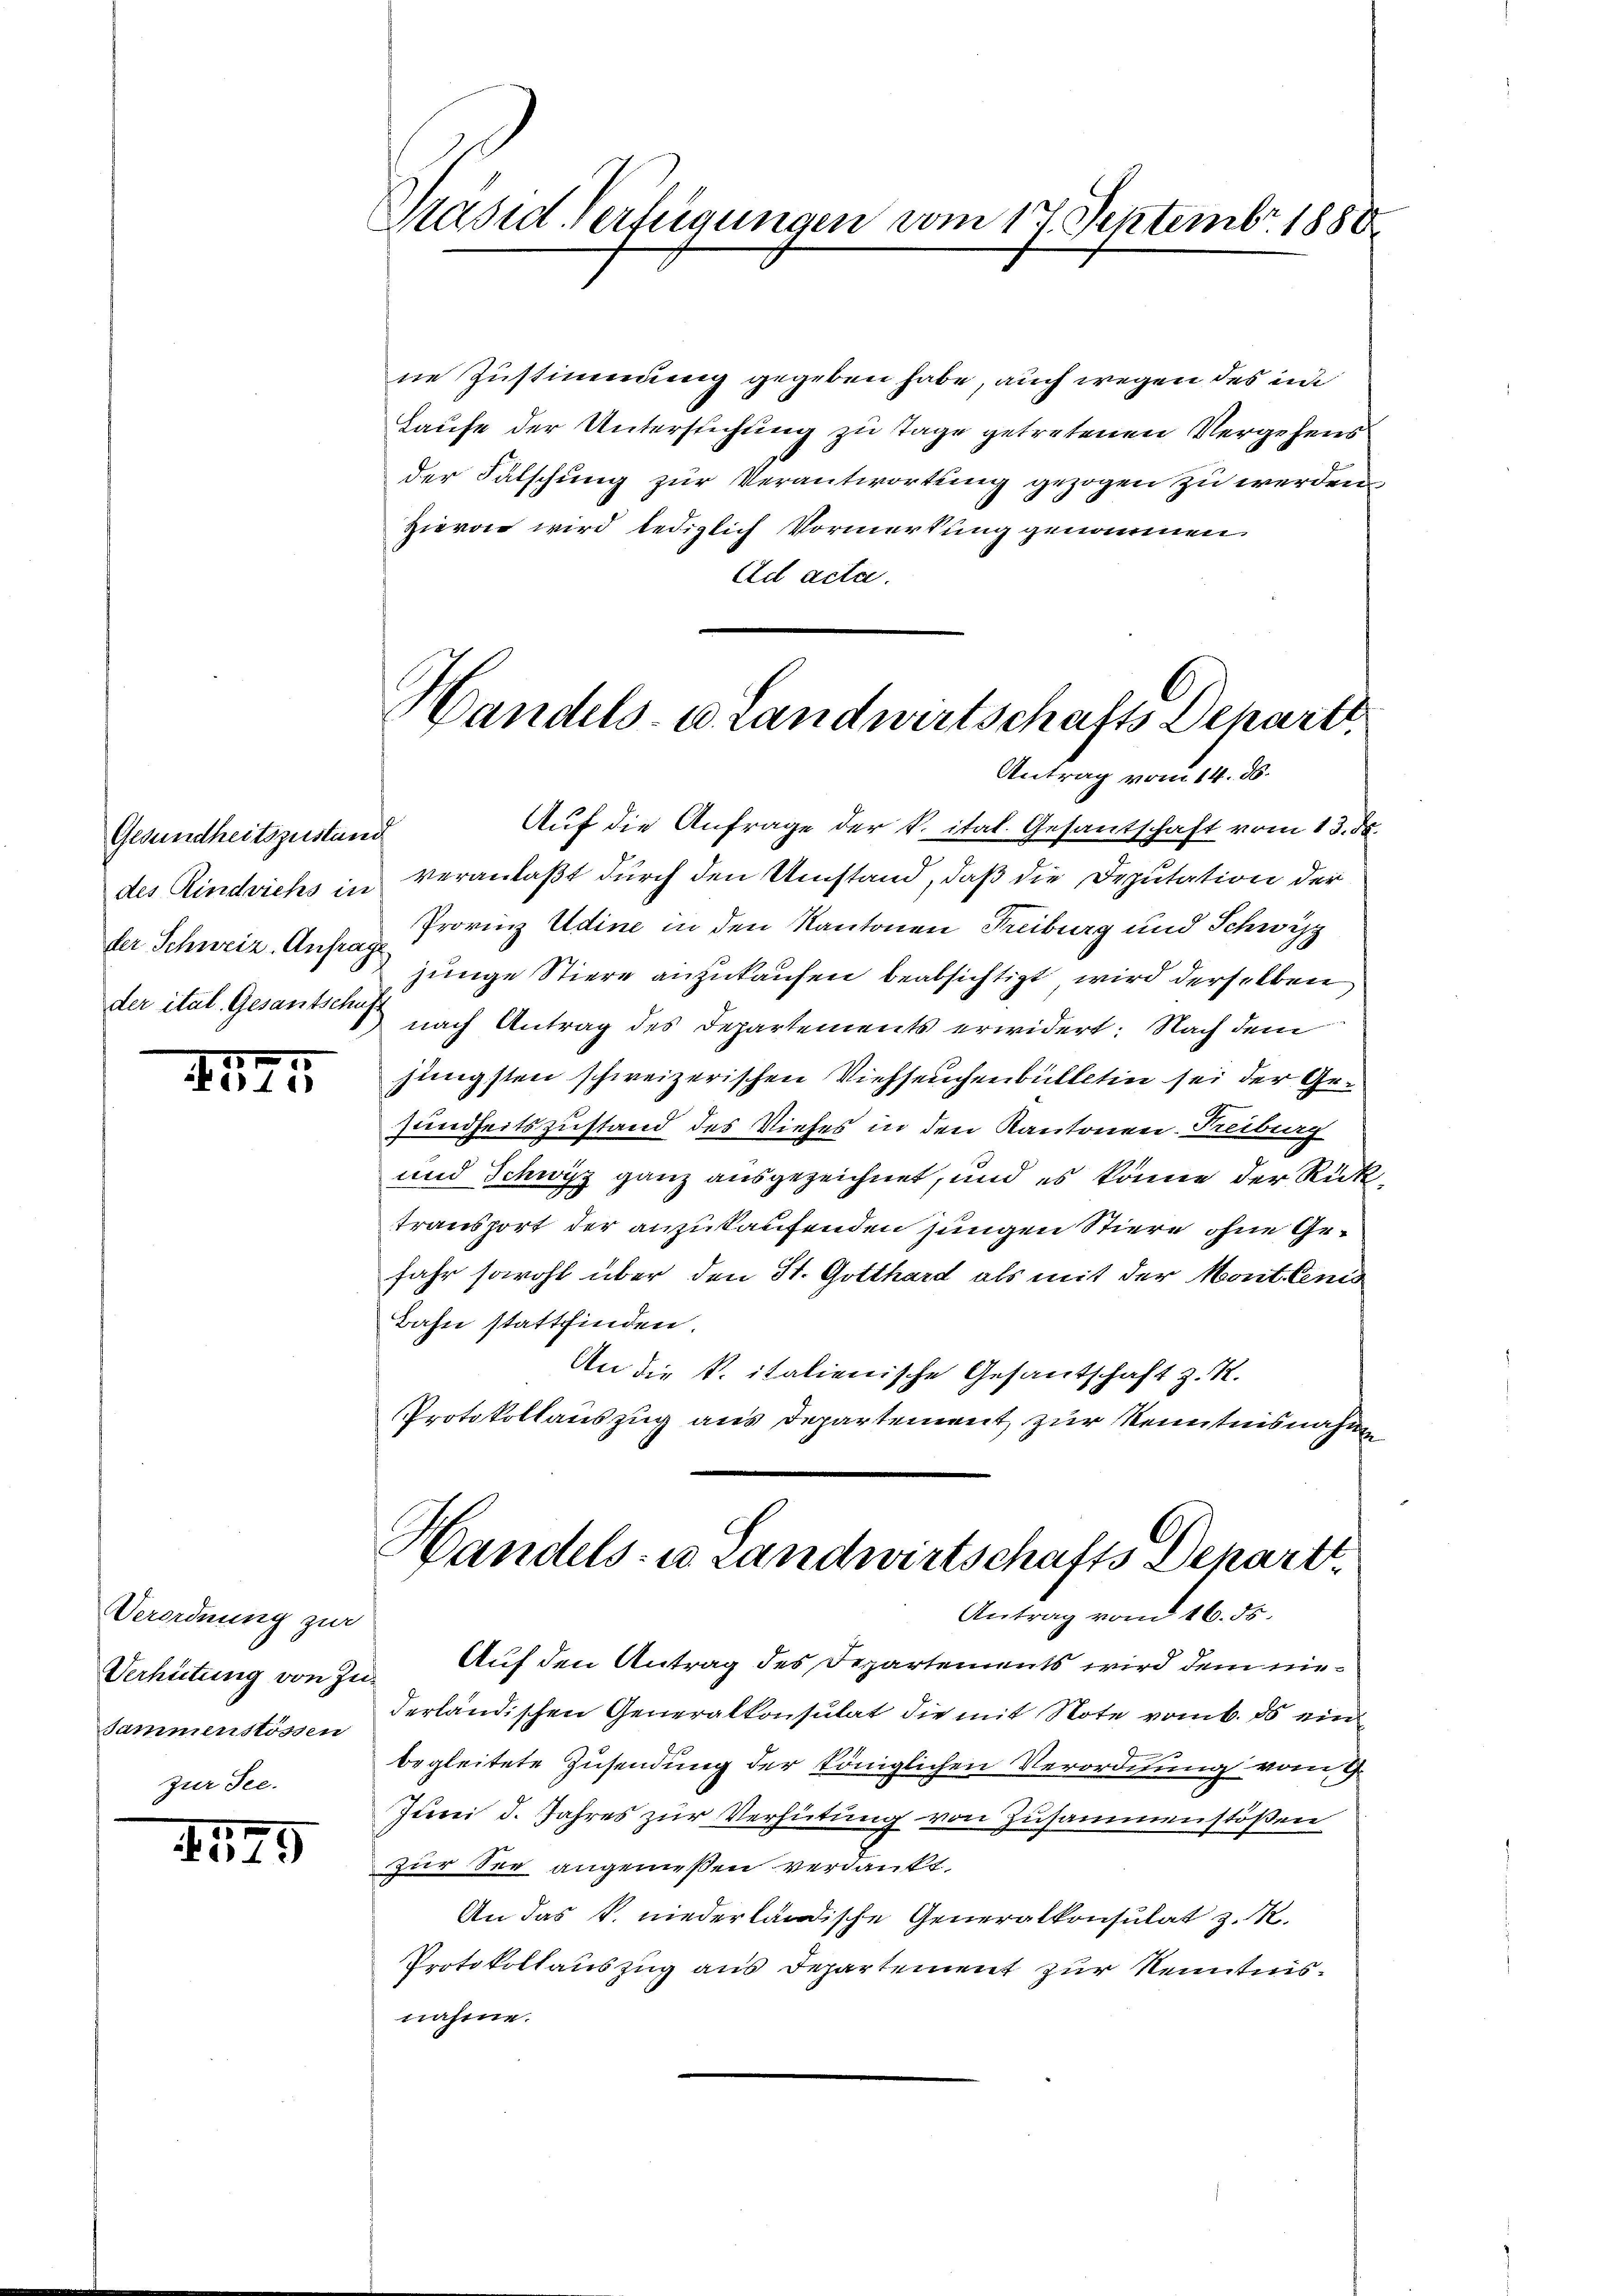
Gesundheitszustand

1
10

Verordnung zur
Verhütung von Zu-
Sammenstössen
zur See.

1525

Präsid. Verfügungen vom 17. Septembr. 1880

ne Zustimmung gegeben habe, auch wegen des in
Laufe der Unterstehung zu Tage getretenen Vergehens
der Falschung zur Verantwortung gezogen zu werden
Hievon wird lediglich Vormerkung genommen.
Ad acta.

Handels- u. Landwirtschafts Departi
Antrag vom 14. ds.

Handels- u. Landwirtschafts Depart
Antrag vom 16. ds.

Auf den Antrag des Departements wird dem niederländischen Generalkonsulat die mit Note vom 6. ds ein
begleitete Zusendung der königlichen Verordnung vom 9.
Juni d. Jahres zur Verhütung von Zusammenstößen
zur See angenießen verdankt.
An das P. niederländische Generalkonsulat z. R.
Protokollauszug aus Departement zur Kenntnisnahme.

Auf die Anfrage der k. ital. Gesantschaft vom 13. ds.
des Rindviehs in veranlaßt durch den Umstand, daß die Deputation der
der Schweiz. Auf Provinz Udine in den Kantonen Freiburg und Schwyz
junge Stiere anzukaufen beabsichtigt wird derselben
der ital. Gesants nach Antrag des Departements erwidert: Nach dem
jüngsten schweizerischen Viehseuchenbülletin sei der Gesundheitszustand des Viehes in den Kantonen. Freiburg
und Schwyz ganz ausgezeichnet, und es könne der Rücktransport der anzukaufenden jungen Stiere ohne Gefahr sowohl über den St. Gotthard als mit der Mont. Cens
Bahn stattfinden.
An die k. italienische Gesantschaft z. K.
Protokollauszug aus Departement zur Kenntnisnahme